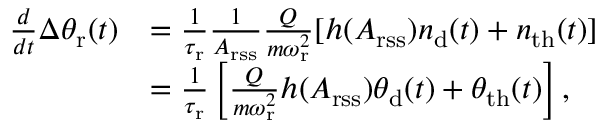
\begin{array} { r l } { \frac { d } { d t } \Delta \theta _ { \mathrm { r } } ( t ) } & { = \frac { 1 } { \tau _ { \mathrm { r } } } \frac { 1 } { A _ { \mathrm { r s s } } } \frac { Q } { m \omega _ { \mathrm { r } } ^ { 2 } } [ h ( A _ { \mathrm { r s s } } ) n _ { \mathrm { d } } ( t ) + n _ { \mathrm { t h } } ( t ) ] } \\ & { = \frac { 1 } { \tau _ { \mathrm { r } } } \left[ \frac { Q } { m \omega _ { \mathrm { r } } ^ { 2 } } h ( A _ { \mathrm { r s s } } ) \theta _ { \mathrm { d } } ( t ) + \theta _ { \mathrm { t h } } ( t ) \right] , } \end{array}